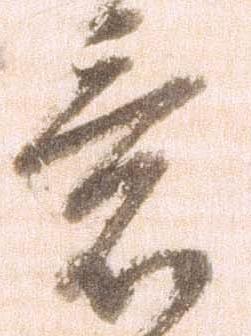
意